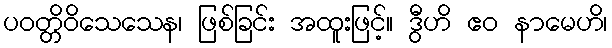
ပဝတ္တိဝိသေသေန၊ ဖြစ်ခြင်း အထူးဖြင့်။ ဒွီဟိ ဧဝ နာမေဟိ၊